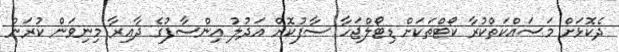
ދެކޮޅަށް މަސައްކަތްކުރާ ކޯޓްތަކަށް ޑިޓޯލްޖަހާ ސާފުކޮށް އަދުލު އިންސާފުގެ ދާއިރާ މިނިވަން ކުރަން